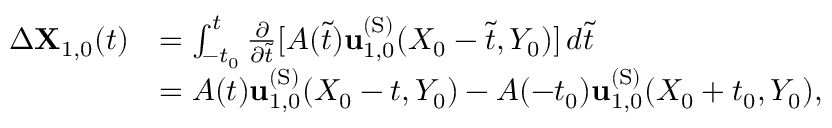
\begin{array} { r l } { \Delta \mathbf { X } _ { 1 , 0 } ( t ) } & { = \int _ { - t _ { 0 } } ^ { t } \frac { \partial } { \partial \tilde { t } } [ A ( \tilde { t } ) \mathbf { u } _ { 1 , 0 } ^ { \mathrm { ( S ) } } ( X _ { 0 } - \tilde { t } , Y _ { 0 } ) ] \, d \tilde { t } } \\ & { = A ( t ) \mathbf { u } _ { 1 , 0 } ^ { \mathrm { ( S ) } } ( X _ { 0 } - t , Y _ { 0 } ) - A ( - t _ { 0 } ) \mathbf { u } _ { 1 , 0 } ^ { \mathrm { ( S ) } } ( X _ { 0 } + t _ { 0 } , Y _ { 0 } ) , } \end{array}